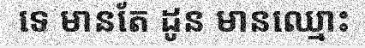
ទេ មានតែ ដូន មានឈ្មោះ